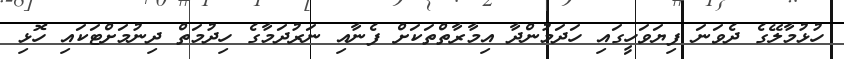
ހުޅުމާލޭގެ ދެވަނަ ފިޔަވަހީގައި ހަދަމުންދާ އިމާރާތްތަކަށް ފެނާއި ނަރުދަމާގެ ހިދުމަތް ދިނުމަށްޓަކައި ހޮޅި